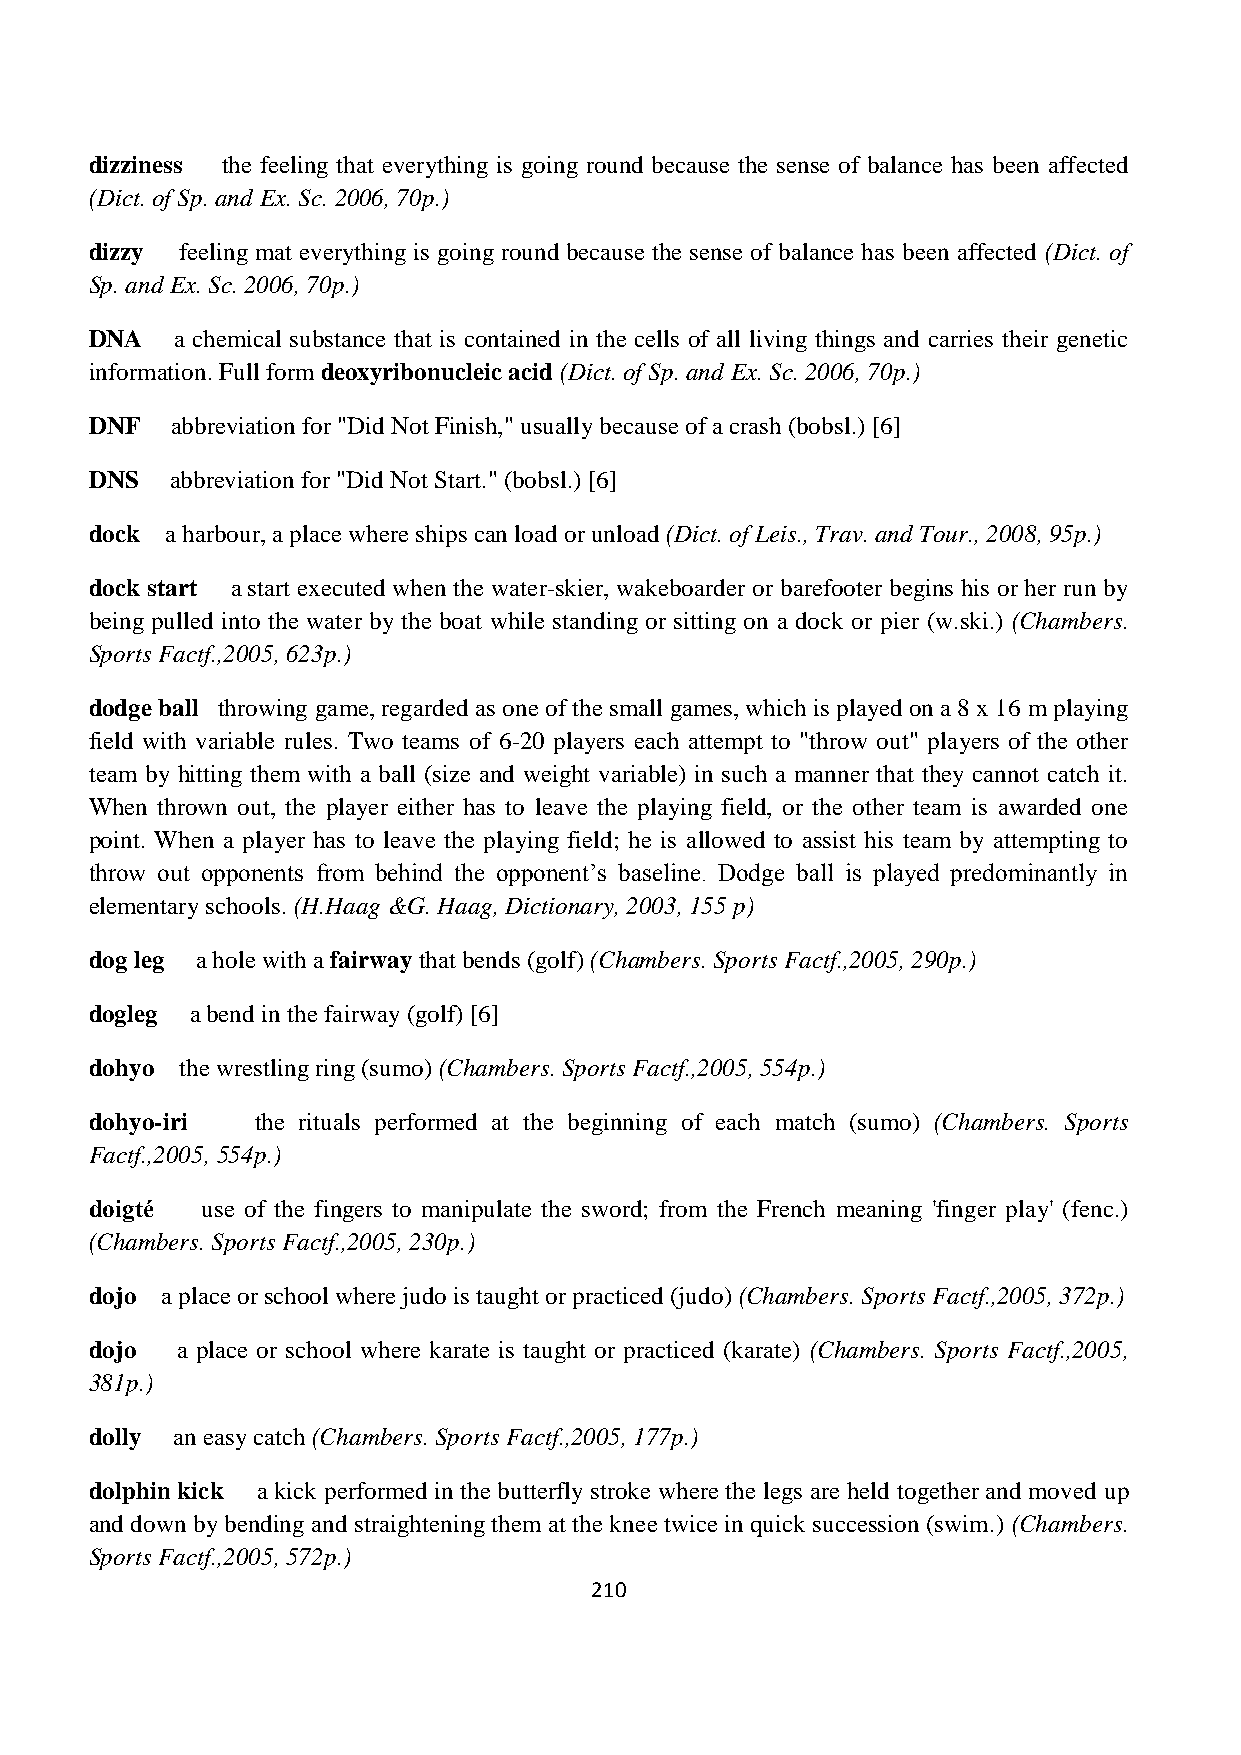
dizziness the feeling that everything is going round because the sense of balance has been affected
 (Dict. of Sp. and Ex. Sc. 2006, 70p.)
 dizzy feeling mat everything is going round because the sense of balance has been affected (Dict. of
 Sp. and Ex. Sc. 2006, 70p.)
 DNA   a chemical substance that is contained in the cells of all living things and carries their genetic
 information. Full form deoxyribonucleic acid (Dict. of Sp. and Ex. Sc. 2006, 70p.)
 DNF  abbreviation for "Did Not Finish," usually because of a crash (bobsl.) [6]
 DNS  abbreviation for "Did Not Start." (bobsl.) [6]
 dock a harbour, a place where ships can load or unload (Dict. of Leis., Trav. and Tour., 2008, 95p.)
 dock start a start executed when the water-skier, wakeboarder or barefooter begins his or her run by
 being pulled into the water by the boat while standing or sitting on a dock or pier (w.ski.) (Chambers.
 Sports Factf.,2005, 623p.)
 dodge ball throwing game, regarded as one of the small games, which is played on a 8 x 16 m playing
 field with variable rules. Two teams of 6-20 players each attempt to "throw out" players of the other
 team by hitting them with a ball (size and weight variable) in such a manner that they cannot catch it.
 When thrown out, the player either has to leave the playing field, or the other team is awarded one
 point. When a player has to leave the playing field; he is allowed to assist his team by attempting to
 throw out opponents from behind the opponent’s baseline. Dodge ball is played predominantly in
 elementary schools. (H.Haag &G. Haag, Dictionary, 2003, 155 p)
 dog leg a hole with a fairway that bends (golf) (Chambers. Sports Factf.,2005, 290p.)
 dogleg a bend in the fairway (golf) [6]
 dohyo the wrestling ring (sumo) (Chambers. Sports Factf.,2005, 554p.)
 dohyo-iri  the rituals performed at the beginning of each match (sumo) (Chambers. Sports
 Factf.,2005, 554p.)
 doigté use of the fingers to manipulate the sword; from the French meaning 'finger play' (fenc.)
 (Chambers. Sports Factf.,2005, 230p.)
 dojo a place or school where judo is taught or practiced (judo) (Chambers. Sports Factf.,2005, 372p.)
 dojo  a place or school where karate is taught or practiced (karate) (Chambers. Sports Factf.,2005,
 381p.)
 dolly an easy catch (Chambers. Sports Factf.,2005, 177p.)
 dolphin kick a kick performed in the butterfly stroke where the legs are held together and moved up
 and down by bending and straightening them at the knee twice in quick succession (swim.) (Chambers.
 Sports Factf.,2005, 572p.)
 210